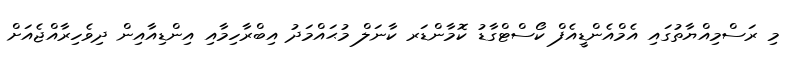
މި ރަސްމިއްޔާތުގައި އެމްއެންޑީއެފް ކޯސްޓްގާޑު ކޮމާންޑަރ ކާނަލް މުޙައްމަދު އިބްރާހިމާއި އިންޑިއާއިން ދިވެހިރާއްޖެއަށް